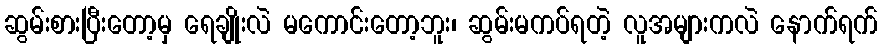
ဆွမ်းစားပြီးတော့မှ ရေချိုးလဲ မကောင်းတော့ဘူး၊ ဆွမ်းမကပ်ရတဲ့ လူအများကလဲ နောက်ရက်